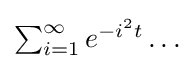
{\textstyle \sum _{i=1}^{\infty }e^{-i^{2}t}\ldots }